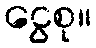
ငွေစု။